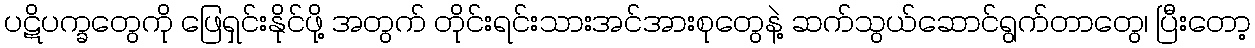
ပဋိပက္ခတွေကို ဖြေရှင်းနိုင်ဖို့ အတွက် တိုင်းရင်းသားအင်အားစုတွေနဲ့ ဆက်သွယ်ဆောင်ရွက်တာတွေ၊ ပြီးတော့